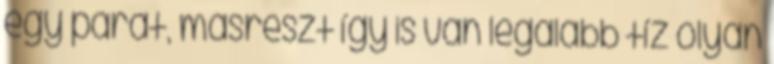
egy párat, másrészt így is van legalább tíz olyan